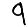
Digit: 9